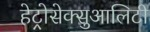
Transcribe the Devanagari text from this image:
हेट्रोसेक्सुआलिटी